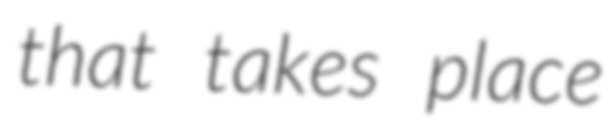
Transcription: that takes place